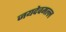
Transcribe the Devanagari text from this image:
जयदेवमल्ल